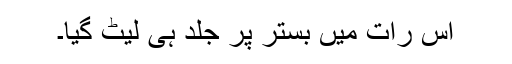
اس رات میں بستر پر جلد ہی لیٹ گیا۔